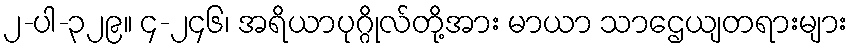
၂-ပါ-၃၂၉။ ၄-၂၄၆၊ အရိယာပုဂ္ဂိုလ်တို့အား မာယာ သာဌေယျတရားများ